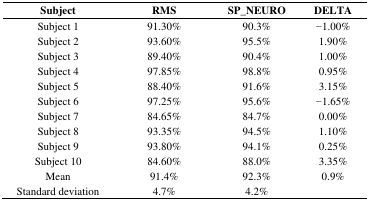
| Subject | RMS | SP_NEURO | DELTA |
 | --- | --- | --- | --- |
 | Subject 1 | 91.30% | 90.3% | −1.00% |
 | Subject 2 | 93.60% | 95.5% | 1.90% |
 | Subject 3 | 89.40% | 90.4% | 1.00% |
 | Subject 4 | 97.85% | 98.8% | 0.95% |
 | Subject 5 | 88.40% | 91.6% | 3.15% |
 | Subject 6 | 97.25% | 95.6% | −1.65% |
 | Subject 7 | 84.65% | 84.7% | 0.00% |
 | Subject 8 | 93.35% | 94.5% | 1.10% |
 | Subject 9 | 93.80% | 94.1% | 0.25% |
 | Subject 10 | 84.60% | 88.0% | 3.35% |
 | Mean | 91.4% | 92.3% | 0.9% |
 | Standard deviation | 4.7% | 4.2% |  |